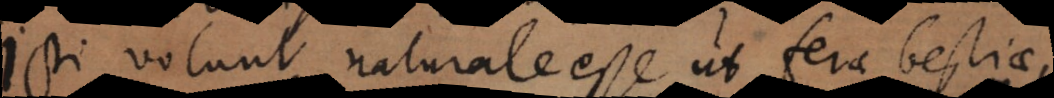
volunt naturale esse ut ferae bestiae,